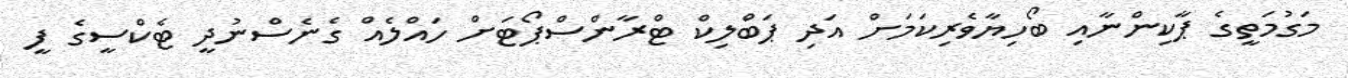
މަގުމަތީގެ ޕާކިންނާއި ބޯހިޔާވެރިކަމަށް އަދި ޕަބްލިކް ޓްރާންސްޕޯޓަށް ހައްލެއް ގެނެސްނުދީ ޓެކްސީގެ ފީ